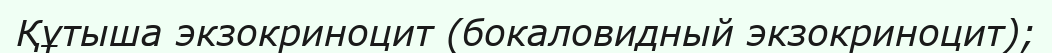
Құтыша экзокриноцит (бокаловидный экзокриноцит);